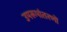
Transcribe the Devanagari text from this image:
उपरूपांतरणों